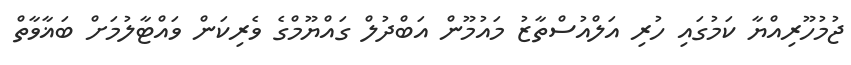
ޖުމުހޫރިއްޔާ ކަމުގައި ހުރި އަލްއުސްތާޒު މައުމޫން އަބްދުލް ގައްޔޫމްގެ ވެރިކަން ވައްޓާލުމަށް ބަޣާވާތް